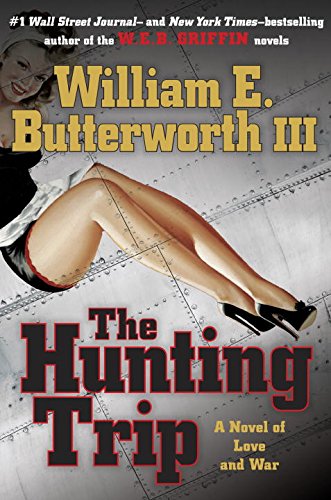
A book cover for The Hunting Trip: A Novel of Love and War; William E. Butterworth III; Literature & Fiction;